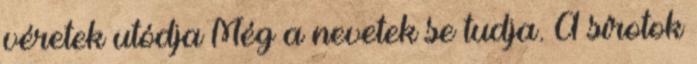
véretek utódja Még a nevetek se tudja. A sírotok